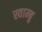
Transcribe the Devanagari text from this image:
स्वाम्बु